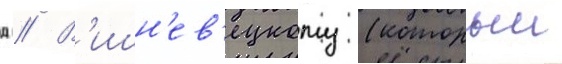
д // В'ишн'ев'ецкому (которыи